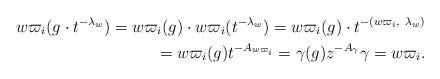
LaTeX: \begin{align*}w\varpi_i(g \cdot t^{-\lambda_w})=w\varpi_i(g)\cdot w\varpi_i (t^{-\lambda_w})=w\varpi_i(g)\cdot t^{-(w\varpi_i,\ \lambda_w)}\\=w\varpi_i(g) t^{-A_{w\varpi_i}}=\gamma(g) z^{-A_\gamma} \gamma=w\varpi_i.\end{align*}